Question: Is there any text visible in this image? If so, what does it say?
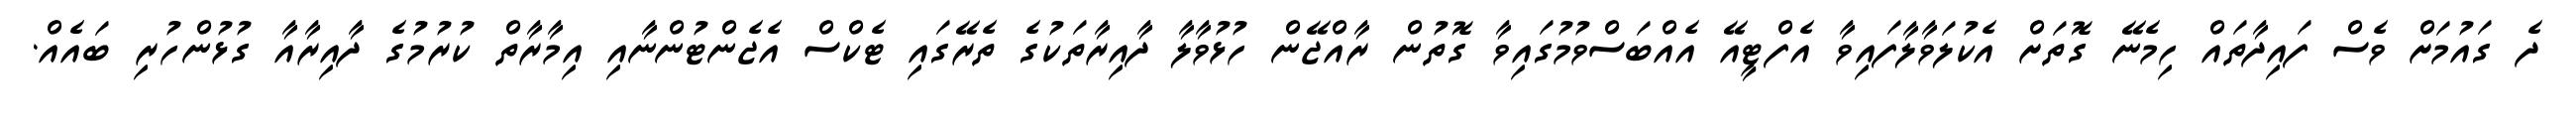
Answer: ދެ ގައުމަށް ވެސް ފައިދާތައް ހިމެނޭ ގޮތަށް އެކުލަވާލާފައިވާ އެފްޓީއޭ އެއްބަސްވުމުގައިވާ ގޮތުން ރާއްޖޭން ހުޅުވާލާ ދާއިރާތަކުގެ ތެރޭގައި ޓެކްސް އެޖެންޓުންނާއި އިމާރާތް ކުރުމުގެ ދާއިރާއާ ގުޅުންހުރި ބައެއް.